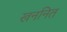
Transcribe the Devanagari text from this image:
खननित